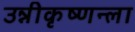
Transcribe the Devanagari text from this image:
उन्नीकृष्णन्ला